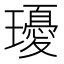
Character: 瓇